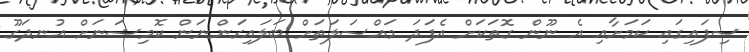
ސިފައިގައި ކަމަށާއި އެ ނޫން ގޮތަކަށް އެފަދަ މައްސަލަތަށް ބަލައިގަންނަން ކޮމިޝަނަށް އުނދަގޫ